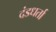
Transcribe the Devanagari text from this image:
दंडधर्ता